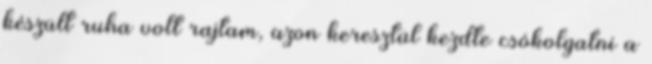
készült ruha volt rajtam, azon keresztül kezdte csókolgatni a